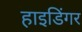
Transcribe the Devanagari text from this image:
हाइडिंगर